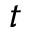
t